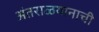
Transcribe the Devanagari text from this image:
अंतराळयानाची